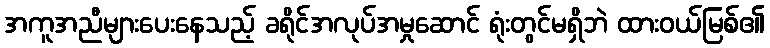
အကူအညီများပေးနေသည့် ခရိုင်အလုပ်အမှုဆောင် ရုံးတွင်မရှိဘဲ ထားဝယ်မြစ်၏